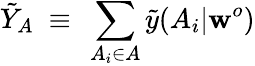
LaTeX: \tilde{Y}_{A}~\equiv~\sum_{A_{i}\in A}\tilde{y}(A_{i}|\mathbf{w}^{o})